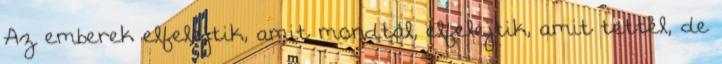
Az emberek elfelejtik, amit mondtál, elfelejtik, amit tettél, de